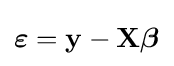
{\boldsymbol {\varepsilon }}=\mathbf {y} -\mathbf {X} {\boldsymbol {\beta }}